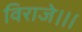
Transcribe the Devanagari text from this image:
विराजे।।।